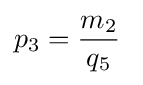
p_{3}={\frac {m_{2}}{q_{5}}}\